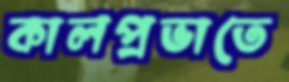
কালপ্রভাতে